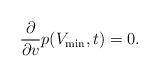
LaTeX: \begin{align*} \frac{\partial}{\partial v}p(V_{\min},t)=0.\end{align*}